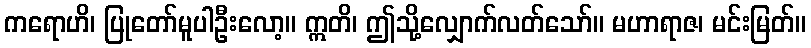
ကရောဟိ၊ ပြုတော်မူပါဦးလော့။ ဣတိ၊ ဤသို့လျှောက်လတ်သော်။ မဟာရာဇ၊ မင်းမြတ်။